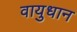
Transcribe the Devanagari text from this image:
वायुधान